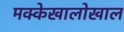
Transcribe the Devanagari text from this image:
मक्केखालोखाल